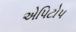
એપિટોપ